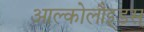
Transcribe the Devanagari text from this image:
आल्कोलौइ्डस्